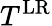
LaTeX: T^{\mathrm{LR}}